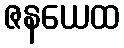
ဇနယေထ